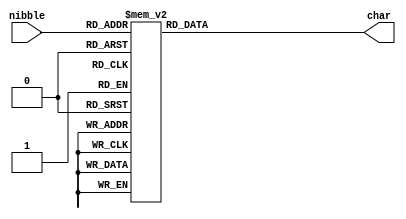
`default_nettype none

module nibble_to_char(nibble, char);
	input wire [3:0] nibble;
	output reg [6:0] char; //chars are ascii less 32 (only renderable characters)s
	
	always @(*) begin
		case(nibble)
			4'h0 : char = 7'd16;
			4'h1 : char = 7'd17;
			4'h2 : char = 7'd18;
			4'h3 : char = 7'd19;
			4'h4 : char = 7'd20;
			4'h5 : char = 7'd21;
			4'h6 : char = 7'd22;
			4'h7 : char = 7'd23;
			4'h8 : char = 7'd24;
			4'h9 : char = 7'd25;
			4'ha : char = 7'd65;
			4'hb : char = 7'd66;
			4'hc : char = 7'd67;
			4'hd : char = 7'd68;
			4'he : char = 7'd69;
			4'hf : char = 7'd70;
		endcase
	end

endmodule

`default_nettype wire